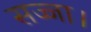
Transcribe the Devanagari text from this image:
सज्जा।